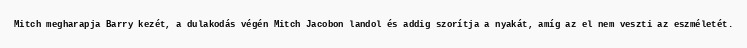
Mitch megharapja Barry kezét, a dulakodás végén Mitch Jacobon landol és addig szorítja a nyakát, amíg az el nem veszti az eszméletét.